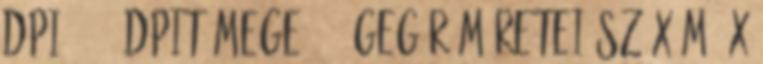
dpi,2000 dpiTömege: 60 gEgér méretei Sz x Mé x